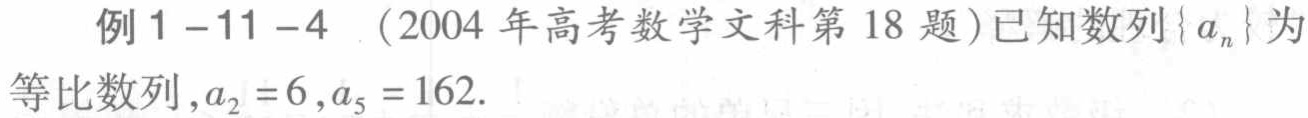
例1-11-4 . (2004 年高考数学文科第18 题)已知数列\(\{ a_{n}\}\)为等比数列,\(a_{2}=6,a_{5}=162\).